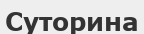
Суторина